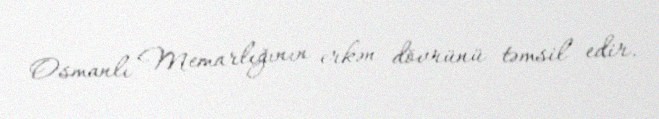
Osmanlı Memarlığının erkən dövrünü təmsil edir.